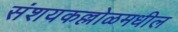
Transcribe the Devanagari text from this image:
संशयकल्लोळमधील